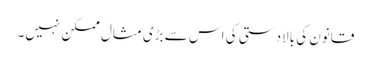
قانون کی بالادستی کی اس سے بڑی مثال ممکن نہیں۔